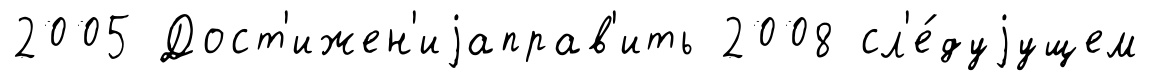
2005 Дост'ижен'иjаправ'ить 2008 сл'е́дуjущем